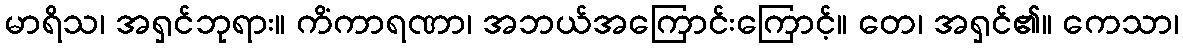
မာရိသ၊ အရှင်ဘုရား။ ကိံကာရဏာ၊ အဘယ်အကြောင်းကြောင့်။ တေ၊ အရှင်၏။ ကေသာ၊